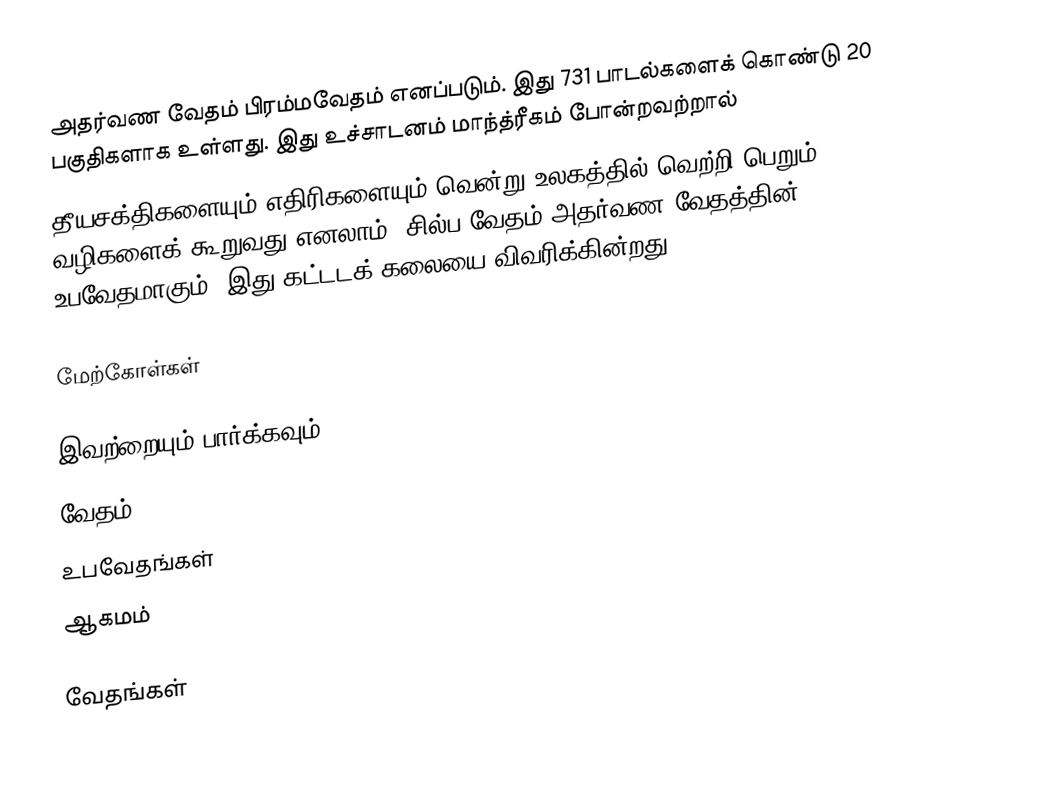
அதர்வண வேதம் பிரம்மவேதம் எனப்படும். இது 731 பாடல்களைக் கொண்டு 20 பகுதிகளாக உள்ளது. இது உச்சாடனம் மாந்த்ரீகம் போன்றவற்றால்
தீயசக்திகளையும் எதிரிகளையும் வென்று உலகத்தில் வெற்றி பெறும் வழிகளைக் கூறுவது எனலாம். சில்ப வேதம் அதர்வண வேதத்தின் உபவேதமாகும். இது கட்டடக் கலையை விவரிக்கின்றது.

மேற்கோள்கள்

இவற்றையும் பார்க்கவும்
 வேதம்
 உபவேதங்கள்
 ஆகமம்

வேதங்கள்